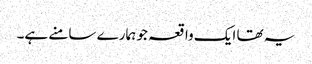
یہ تھا ایک واقعہ جو ہمارے سامنے ہے۔